Report on vaccination in Madras 1877-1894 - 1877-1894
Year: 1877
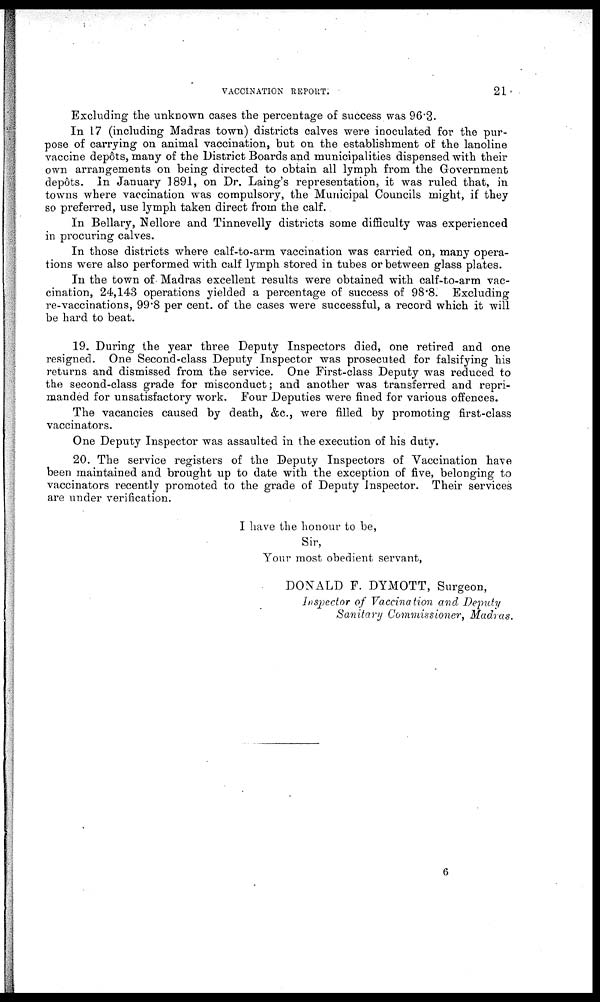
VACCINATION REPORT.
21
Excluding the unknown cases the percentage of success was 96.3.
In 17 (including Madras town) districts calves were inoculated for the pur-
pose of carrying on animal vaccination, but on the establishment of the lanoline
vaccine depôts, many of the District Boards and municipalities dispensed with their
own arrangements on being directed to obtain all lymph from the Government
depôts. In January 1891, on Dr. Laing's representation, it was ruled that, in
towns where vaccination was compulsory, the Municipal Councils might, if they
so preferred, use lymph taken direct from the calf.
In Bellary, Nellore and Tinnevelly districts some difficulty was experienced
in procuring calves.
In those districts where calf-to-arm vaccination was carried on, many opera-
tions were also performed with calf lymph stored in tubes or between glass plates.
In the town of Madras excellent results were obtained with calf-to-arm vac-
cination, 24,143 operations yielded a percentage of success of 98.8. Excluding
re-vaccinations, 99.8 per cent. of the cases were successful, a record which it will
be hard to beat.
19. During the year three Deputy Inspectors died, one retired and one
resigned. One Second-class Deputy Inspector was prosecuted for falsifying his
returns and dismissed from the service. One First-class Deputy was reduced to
the second-class grade for misconduct; and another was transferred and repri-
manded for unsatisfactory work. Four Deputies were fined for various offences.
The vacancies caused by death, &c., were filled by promoting first-class
vaccinators.
One Deputy Inspector was assaulted in the execution of his duty.
20. The service registers of the Deputy Inspectors of Vaccination have
been maintained and brought up to date with the exception of five, belonging to
vaccinators recently promoted to the grade of Deputy Inspector. Their services
are under verification.
I have the honour to be,
Sir,
Your most obedient servant,
DONALD F. DYMOTT, Surgeon,
Inspector of Vaccination and Deputy
Sanitary Commissioner, Madras.
6